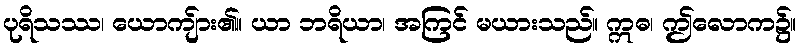
ပုရိသဿ၊ ယောကျ်ား၏။ ယာ ဘရိယာ၊ အကြင် မယားသည်။ ဣဓ၊ ဤလောက၌။